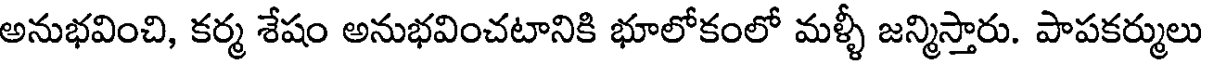
అనుభవించి, కర్మ శేషం అనుభవించటానికి భూలోకంలో మళ్ళీ జన్మిస్తారు. పాపకర్ములు